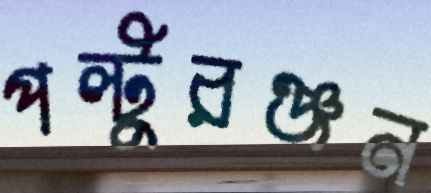
পল্টুরঞ্জন